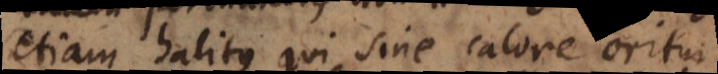
etiam halitus qui sine calore oritur,